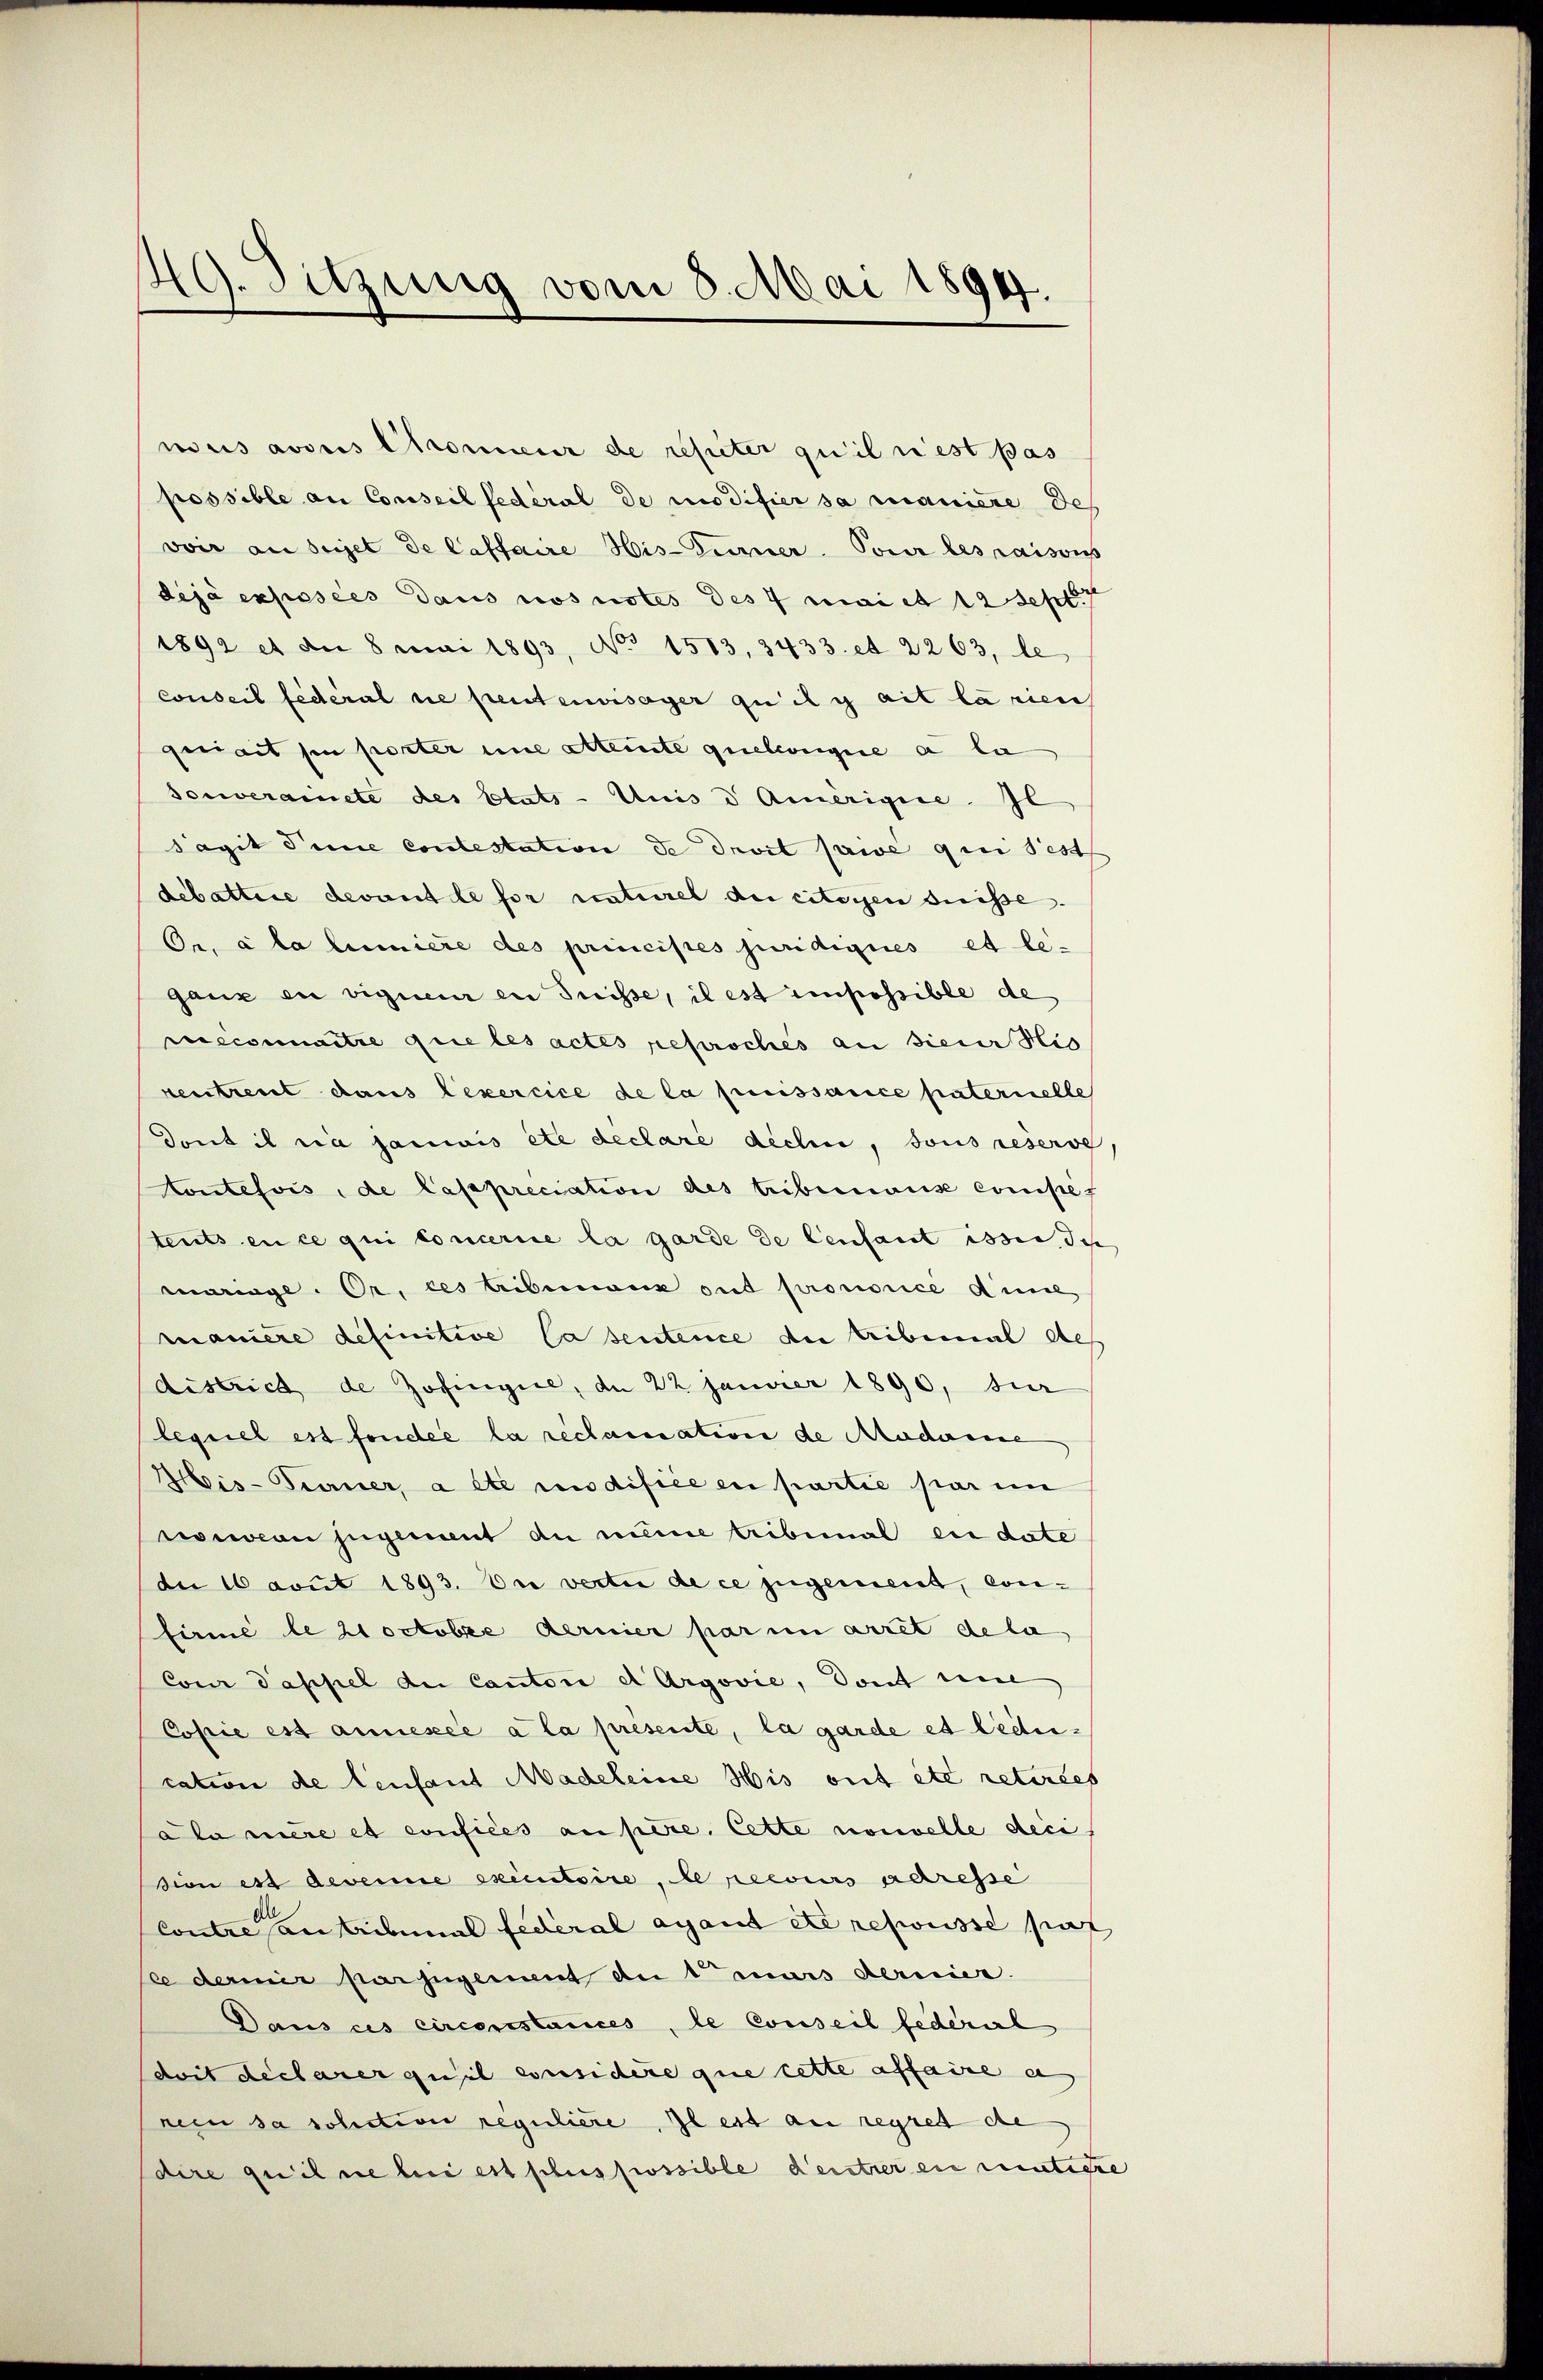
49. Sitzung vom 8. Mai 1894.

mus avouis Chromieur de rester qu’il nest pas
possible an Conseil fédéral de modifier sa manière des
voir an seiet de laffaire His-Turner Pour les raisons
déjà exposées dans nos notes des 4 mai et 12 Sept.
1892 et die 8 mai 1893, No 1513, 3433. et 2263, le
conseil fédéral ne peut erwisager qu’il y ait la rien
quiait hin porter une alternte quelweigere a la
souverainete des Etats - Unis d Amerigie. Il
Sagit Sime contestation de droit paive qui sest
debattire devant le for naturel der citoyen drisse.
Or. à la liniere des principes juridiques et legaux en vigueur en Suisse, il est impossible de
cueconnaitre que les actes reproches an sieur His
rentreut dans lexercice de la puissance paternelle
dont il ria janiis etc declare déchue, sous reserve,
toutefois, de lasspreciation des tribunause compet
tents en ce qui concerne la garde de lenfant isse des
mariage. Or, ces tribemane gut pronorice Anne
manière definitive Casentence de tribemal des
districh de Zofingere, de 22 Januar 1890, zur
lequel est fonder la reclamation de Madame,
Mis-Ferner, a été modifice en partie par im
nouvion zugement du meine tribunal ei date
de 16 avit 1893. Die vertie de ce jugement, confirmé le hoctober dernier par im arret dela
Con Pappel der Canton d Argovie, dont eine
Copie est annesée a la présente, la garde et ledication de lenfant Madeleine His ont etc retirées
ala mère et confices an pere. Cette nouvelle deci
sion es devenue executoire, le recours adresse
Contre anschmal federal agant etc refusse pas
ce dernir par jugement du 1 mars dernier.
Dans ces circonstances, le Conseil federal
doit declarer quel considère que cette affaire a
rein sa solition regulière, il est au regrett de
dire quilne bei est schus possible deuter ein titre